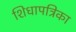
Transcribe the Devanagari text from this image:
शिधापत्रिका